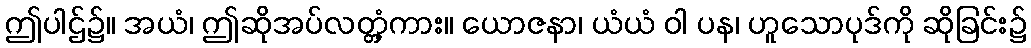
ဤပါဌ်၌။ အယံ၊ ဤဆိုအပ်လတ္တံ့ကား။ ယောဇနာ၊ ယံယံ ဝါ ပန၊ ဟူသောပုဒ်ကို ဆိုခြင်း၌